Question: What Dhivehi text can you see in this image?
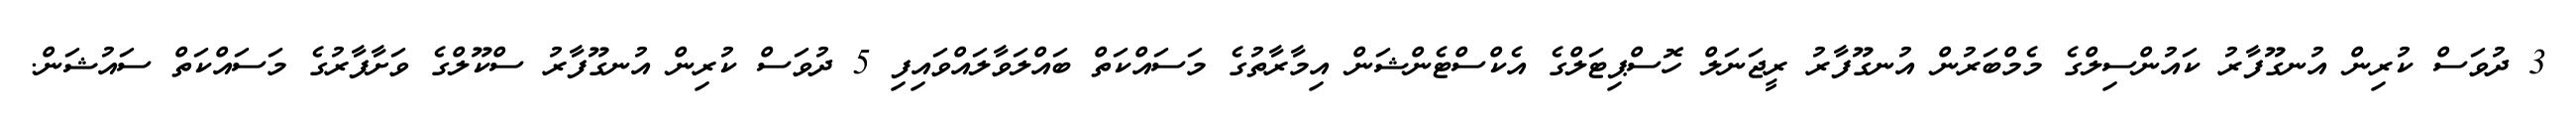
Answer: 3 ދުވަސް ކުރިން އުނގޫފާރު ކައުންސިލްގެ މެމްބަރުން އުނގޫފާރު ރީޖަނަލް ހޮސްޕިޓަލްގެ އެކްސްޓެންޝަން އިމާރާތުގެ މަސައްކަތް ބައްލަވާލައްވައިފި 5 ދުވަސް ކުރިން އުނގޫފާރު ސްކޫލްގެ ވަށާފާރުގެ މަސައްކަތް ސައުޝަން.